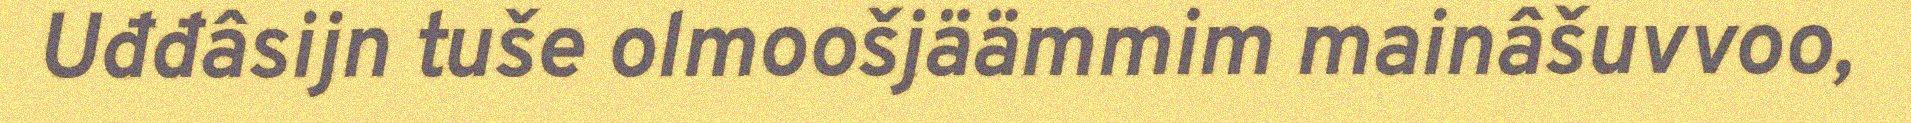
Uđđâsijn tuše olmoošjäämmim mainâšuvvoo,